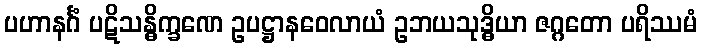
ပဟာနင်္ဂံ ပဋိသန္ဓိက္ခဏေ ဥပဋ္ဌာနဝေလာယံ ဥဘယသုဒ္ဓိယာ ဇဂ္ဂတော ပရိဿမံ